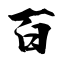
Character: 百